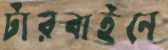
টারবাইনে